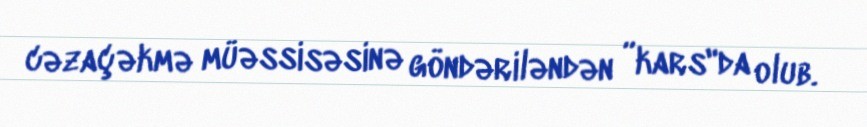
cəzaçəkmə müəssisəsinə göndəriləndən ”kars"da olub.